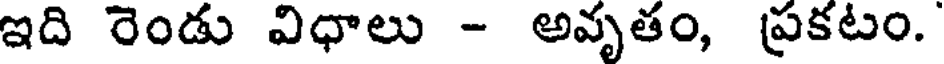
ఇది రెండు విధాలు - అవృతం, పకటం.